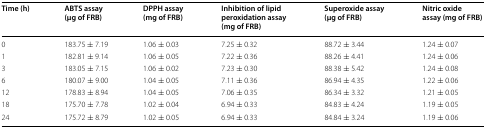
| Time (h) | ABTS assay (μg of FRB) | DPPH assay (mg of FRB) | Inhibition of lipid peroxidation assay (mg of FRB) | Superoxide assay (μg of FRB) | Nitric oxide assay (mg of FRB) |
 | --- | --- | --- | --- | --- | --- |
 | 0 | 183.75 ± 7.19 | 1.06 ± 0.03 | 7.25 ± 0.32 | 88.72 ± 3.44 | 1.24 ± 0.07 |
 | 1 | 182.81 ± 9.14 | 1.06 ± 0.05 | 7.22 ± 0.36 | 88.26 ± 4.41 | 1.24 ± 0.06 |
 | 3 | 183.05 ± 7.15 | 1.06 ± 0.02 | 7.23 ± 0.30 | 88.38 ± 5.42 | 1.24 ± 0.08 |
 | 6 | 180.07 ± 9.00 | 1.04 ± 0.05 | 7.11 ± 0.36 | 86.94 ± 4.35 | 1.22 ± 0.06 |
 | 12 | 178.83 ± 8.94 | 1.04 ± 0.05 | 7.06 ± 0.35 | 86.34 ± 3.32 | 1.21 ± 0.05 |
 | 18 | 175.70 ± 7.78 | 1.02 ± 0.04 | 6.94 ± 0.33 | 84.83 ± 4.24 | 1.19 ± 0.05 |
 | 24 | 175.72 ± 8.79 | 1.02 ± 0.05 | 6.94 ± 0.33 | 84.84 ± 3.24 | 1.19 ± 0.06 |